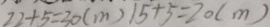
2 2 + 5 = 3 0 ( m ) 1 5 + 5 = 2 0 ( m )